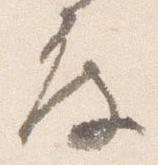
度